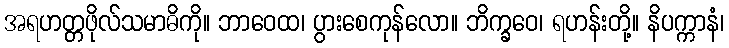
အရဟတ္တဖိုလ်သမာဓိကို။ ဘာဝေထ၊ ပွားစေကုန်လော။ ဘိက္ခဝေ၊ ရဟန်းတို့။ နိပက္ကာနံ၊